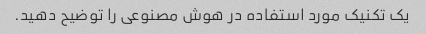
یک تکنیک مورد استفاده در هوش مصنوعی را توضیح دهید.